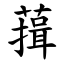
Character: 䔱